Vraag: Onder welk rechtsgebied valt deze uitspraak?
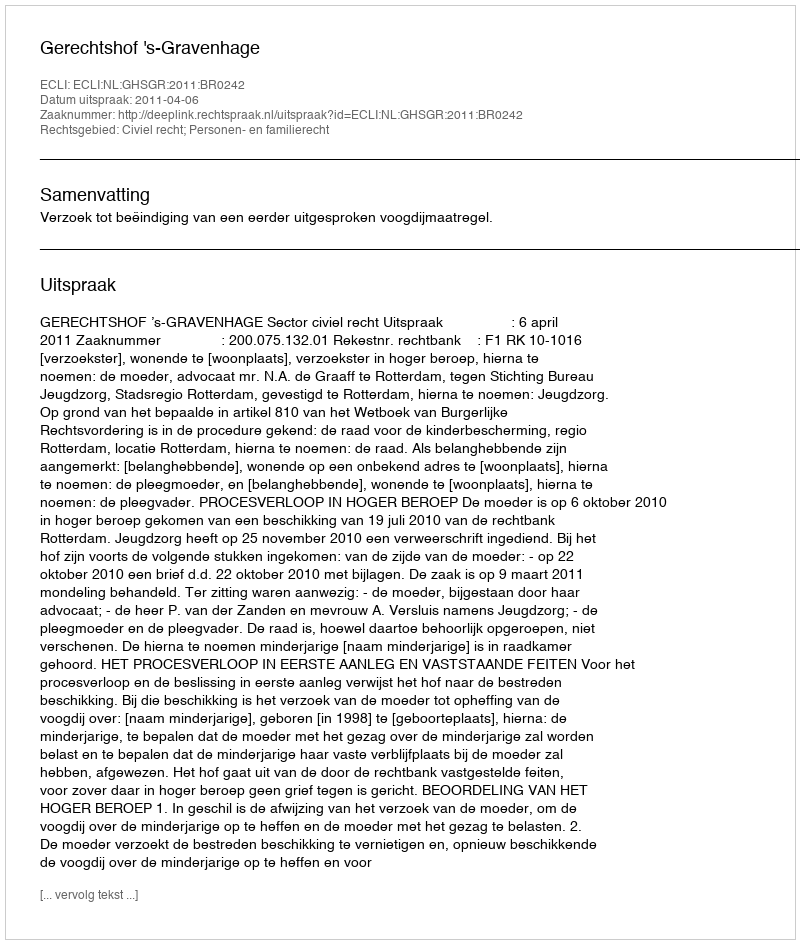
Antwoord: Civiel recht; Personen- en familierecht